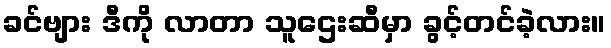
ခင်ဗျား ဒီကို လာတာ သူဌေးဆီမှာ ခွင့်တင်ခဲ့လား။